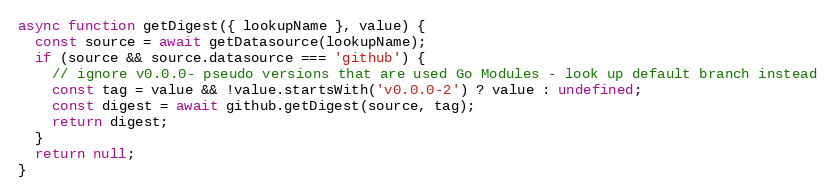
Language: JavaScript
async function getDigest({ lookupName }, value) {
  const source = await getDatasource(lookupName);
  if (source && source.datasource === 'github') {
    // ignore v0.0.0- pseudo versions that are used Go Modules - look up default branch instead
    const tag = value && !value.startsWith('v0.0.0-2') ? value : undefined;
    const digest = await github.getDigest(source, tag);
    return digest;
  }
  return null;
}